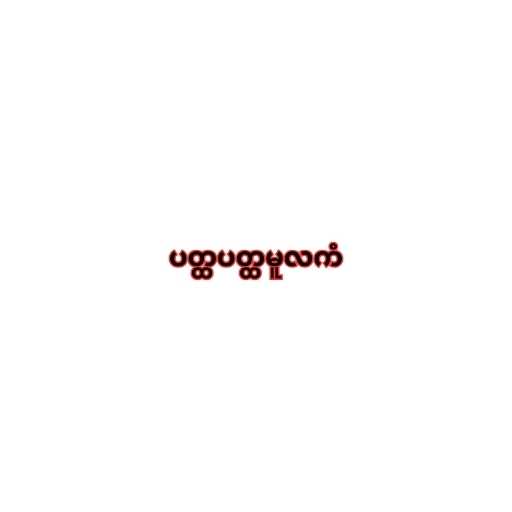
ပတ္ထပတ္ထမူလကံ